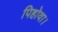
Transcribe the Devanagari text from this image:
पिहोवा।